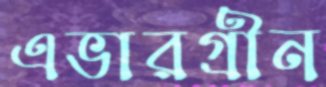
এভারগ্রীন